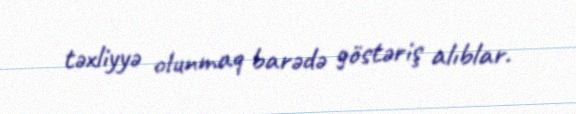
təxliyyə olunmaq barədə göstəriş alıblar.